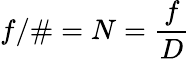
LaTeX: f/\# =N={\frac{f}{D}}